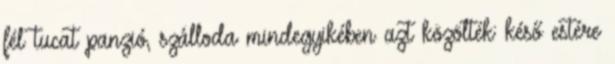
fél tucat panzió, szálloda mindegyikében azt közölték: késő estére